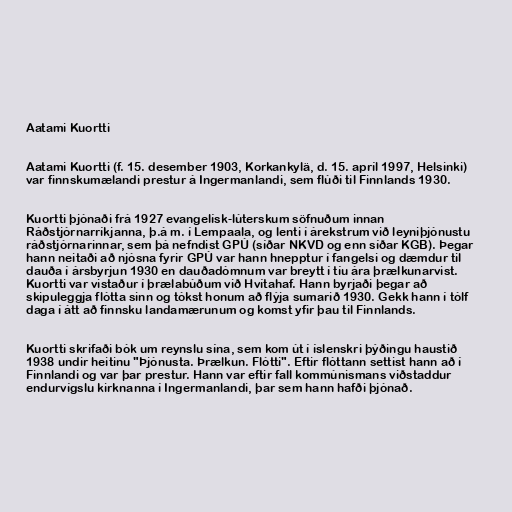
Aatami Kuortti

Aatami Kuortti (f. 15. desember 1903, Korkankylä, d. 15. apríl 1997, Helsinki)
var finnskumælandi prestur á Ingermanlandi, sem flúði til Finnlands 1930.

Kuortti þjónaði frá 1927 evangelísk-lúterskum söfnuðum innan
Ráðstjórnarríkjanna, þ.á m. í Lempaala, og lenti í árekstrum við leyniþjónustu
ráðstjórnarinnar, sem þá nefndist GPÚ (síðar NKVD og enn síðar KGB). Þegar
hann neitaði að njósna fyrir GPÚ var hann hnepptur í fangelsi og dæmdur til
dauða í ársbyrjun 1930 en dauðadómnum var breytt í tíu ára þrælkunarvist.
Kuortti var vistaður í þrælabúðum við Hvítahaf. Hann byrjaði þegar að
skipuleggja flótta sinn og tókst honum að flýja sumarið 1930. Gekk hann í tólf
daga í átt að finnsku landamærunum og komst yfir þau til Finnlands.

Kuortti skrifaði bók um reynslu sína, sem kom út í íslenskri þýðingu haustið
1938 undir heitinu "Þjónusta. Þrælkun. Flótti". Eftir flóttann settist hann að í
Finnlandi og var þar prestur. Hann var eftir fall kommúnismans viðstaddur
endurvígslu kirknanna í Ingermanlandi, þar sem hann hafði þjónað.